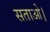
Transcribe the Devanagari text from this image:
सताओ।